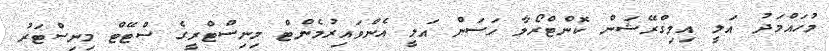
މުހައްމަދު އަލީ އިމިގްރޭޝަން ކޮންޓްރޯލާ ހަސަން އަލީ އެންވައިރުމެންޓް މިނިސްޓްރީގެ ސްޓޭޓް މިނިސްޓަރު